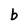
Character: b